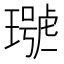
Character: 𤩩